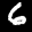
Label: 6